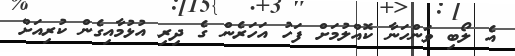
އެ ލޯބި ވަންހަނާ ކޮއްލުމަށް ފަހު އަހަރެން ގެ ދިރި އުޅުމާއިގެން ކުރިއަށް